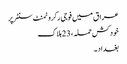
عراق میں فوجی رکروٹمنٹ سنٹر پر
خودکش حملہ ، 23 ہلاک
بغداد ۔